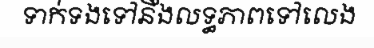
ទាក់ទងទៅនឹងលទ្ធភាពទៅលេង